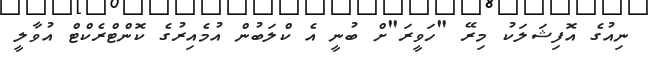
ނިއުގެ އޮފިޝަލަކު މިރޭ "ހަވީރަަ"ށް ބުނީ އެ ކްލަބުން އުމެއިރުގެ ކޮންޓްރެކްޓް އުވާލީ